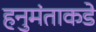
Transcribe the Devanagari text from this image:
हनुमंताकडे